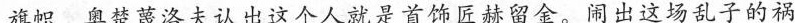
旗帜。奥楚蔑洛夫认出这个人就是首饰匠赫留金。闹出这场乱子的祸